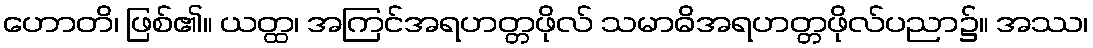
ဟောတိ၊ ဖြစ်၏။ ယတ္ထ၊ အကြင်အရဟတ္တဖိုလ် သမာဓိအရဟတ္တဖိုလ်ပညာ၌။ အဿ၊